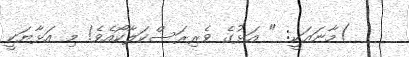
)މާނައަކީ: " އަޅުގެ ވެރިރަސްކަލާކޯއެވެ! މި އަޅާޔަކީ